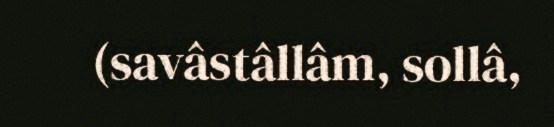
(savâstâllâm, sollâ,